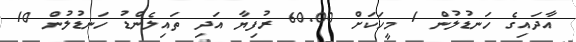
އާދައިގެ ހަނޑުލުން 1 މީހަކަށް 60.00 ރުފިޔާ އަދި ތައިލެންޑު ހަނޑުލުން 10